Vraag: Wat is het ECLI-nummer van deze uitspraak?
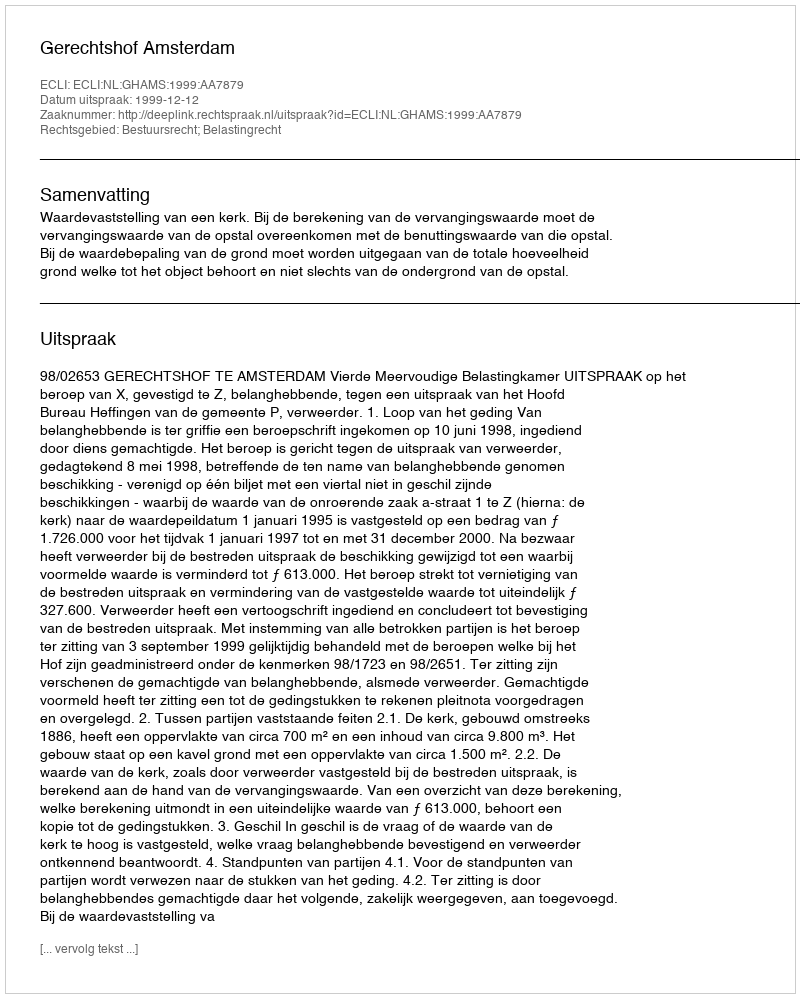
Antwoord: ECLI:NL:GHAMS:1999:AA7879